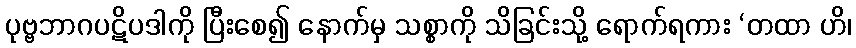
ပုဗ္ဗဘာဂပဋိပဒါကို ပြီးစေ၍ နောက်မှ သစ္စာကို သိခြင်းသို့ ရောက်ရကား ‘တထာ ဟိ၊